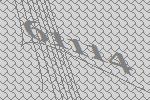
61114